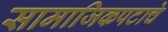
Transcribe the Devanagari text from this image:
सामाजिकपटाचे